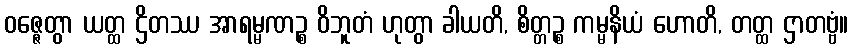
ဝဇ္ဇေတွာ ယတ္ထ ဌိတဿ အာရမ္မဏဉ္စ ဝိဘူတံ ဟုတွာ ခါယတိ, စိတ္တဉ္စ ကမ္မနိယံ ဟောတိ, တတ္ထ ဌာတဗ္ဗံ။